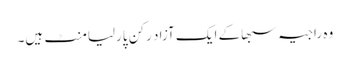
وہ راجیہ سبھاکے ایک آزاد رکن پارلیامنٹ ہیں۔